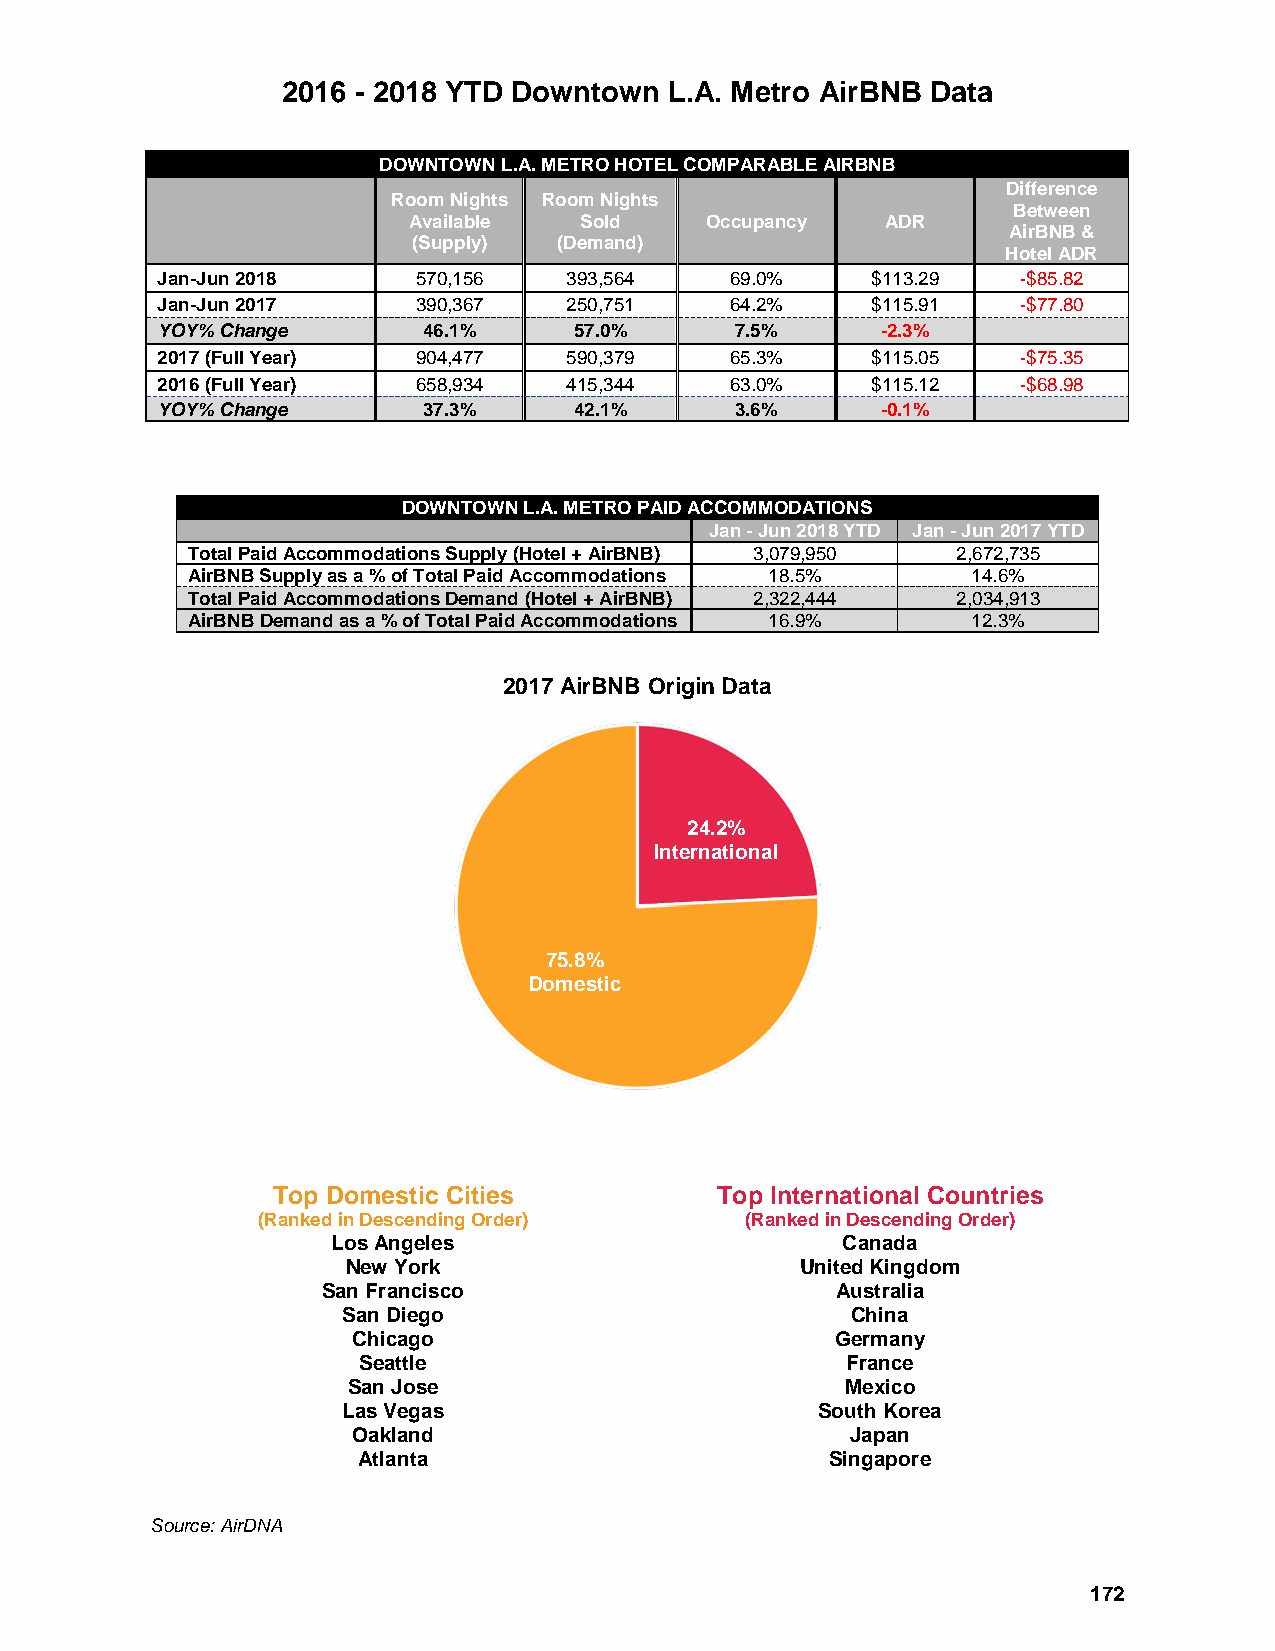
2016 - 2018 YTD Downtown L.A. Metro AirBNB Data
 DOWNTOWN L.A. METRO HOTEL COMPARABLE AIRBNB
 Difference
 Room Nights Room Nights
 Between
 Available  Sold     Occupancy   ADR
 AirBNB &
 (Supply)  (Demand)
 Hotel ADR
 Jan-Jun 2018      570,156   393,564   69.0%     $113.29   -$85.82
 Jan-Jun 2017      390,367   250,751   64.2%     $115.91   -$77.80
 YOY% Change       46.1%     57.0%      7.5%     -2.3%
 2017 (Full Year)  904,477   590,379   65.3%     $115.05   -$75.35
 2016 (Full Year)  658,934   415,344   63.0%     $115.12   -$68.98
 YOY% Change       37.3%     42.1%      3.6%     -0.1%
 DOWNTOWN L.A. METRO PAID ACCOMMODATIONS
 Jan - Jun 2018 YTD Jan - Jun 2017 YTD
 Total Paid Accommodations Supply (Hotel + AirBNB) 3,079,950 2,672,735
 AirBNB Supply as a % of Total Paid Accommodations 18.5% 14.6%
 Total Paid Accommodations Demand (Hotel + AirBNB) 2,322,444 2,034,913
 AirBNB Demand as a % of Total Paid Accommodations 16.9% 12.3%
 2017 AirBNB Origin Data
 24.2%
 International
 75.8%
 Domestic
 Top Domestic Cities          Top International Countries
 (Ranked in Descending Order)    (Ranked in Descending Order)
 Los Angeles                       Canada
 New York                      United Kingdom
 San Francisco                     Australia
 San Diego                        China
 Chicago                         Germany
 Seattle                         France
 San Jose                         Mexico
 Las Vegas                      South Korea
 Oakland                          Japan
 Atlanta                        Singapore
 Source: AirDNA
 172